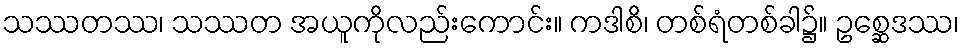
သဿတဿ၊ သဿတ အယူကိုလည်းကောင်း။ ကဒါစိ၊ တစ်ရံတစ်ခါ၌။ ဥစ္ဆေဒဿ၊